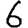
Digit: 6